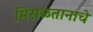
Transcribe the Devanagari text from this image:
मिसळतानाचे